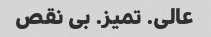
عالی. تمیز. بی نقص